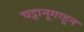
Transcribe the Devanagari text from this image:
चट्टानूगाहून